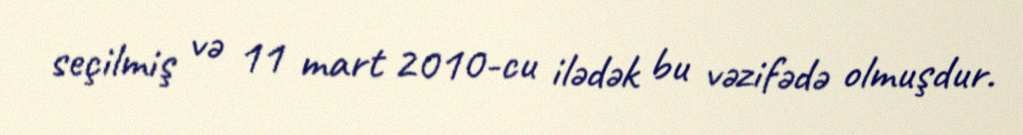
seçilmiş və 11 mart 2010-cu ilədək bu vəzifədə olmuşdur.